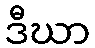
ဒီဃာ